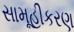
સામૂહીકરણ